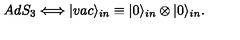
A d S _ { 3 } \Longleftrightarrow | v a c \rangle _ { i n } \equiv | 0 \rangle _ { i n } \otimes | 0 \rangle _ { i n } .